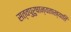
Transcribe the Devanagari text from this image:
सत्वपुरुषान्यताख्याति